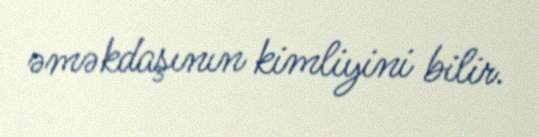
əməkdaşının kimliyini bilir.